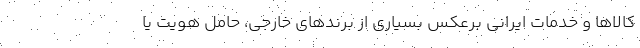
کالاها و خدمات ایرانی برعکس بسیاری از برندهای خارجی، حامل هویت یا